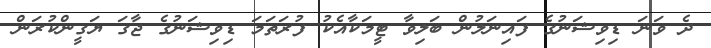
ދެ ވަނަ ޑިވިޝަނުގެ ފައިނަލުން ބަލިވާ ޓީމަކާއެކު ފުރަތަމަ ޑިވިޝަނުގެ ޖާގަ ޔަގީންކުރަން